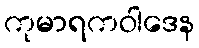
ကုမာရကဝါဒေန